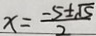
x = \frac { - 5 \pm \sqrt { 5 } } { 2 }